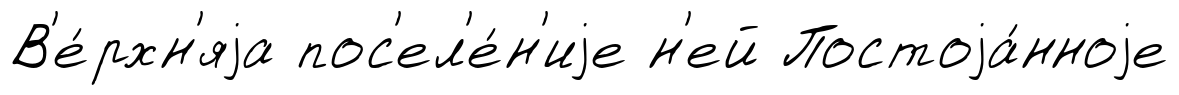
В'е́рхн'яjа пос'ел'е́н'иjе н'ей Постоjа́нноjе